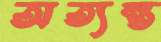
অত্যন্ত